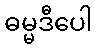
ဓမ္မဒီပေါ